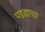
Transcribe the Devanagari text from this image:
पडद्याचा